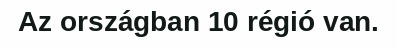
Az országban 10 régió van.